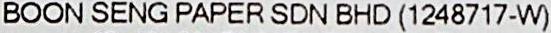
BOON SENG PAPER SDN BHD (1248717-W)